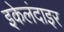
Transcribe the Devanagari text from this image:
इकेलंदाइर